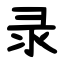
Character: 录